Burma Government Medical School reports 1923-41
Year: 1923
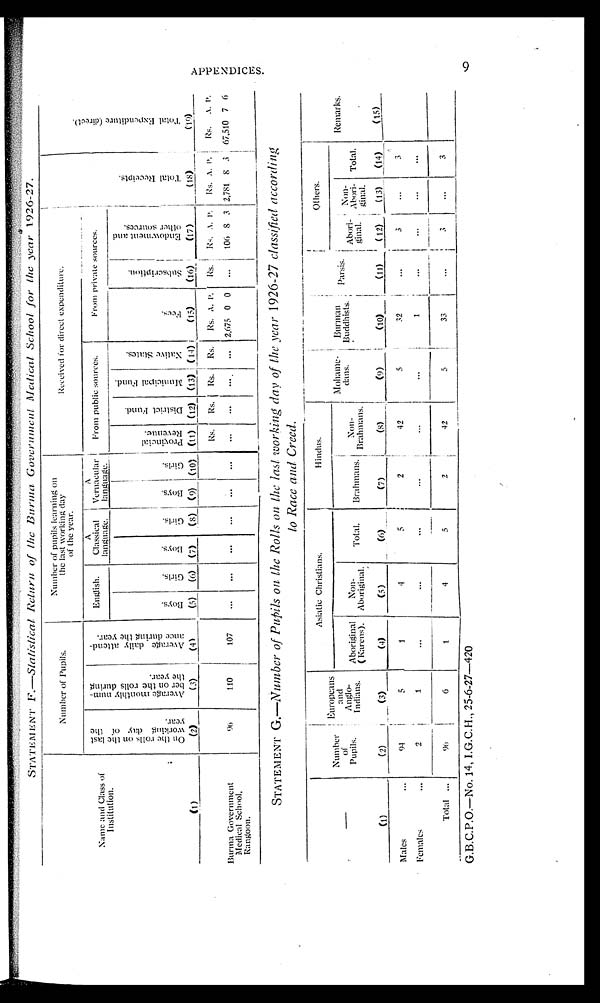
STAT E M ENT F.—Statistical Return of the Burma Government Medical School for the year 1926-27.
Name and Class of
I I n s t i t u t i o n .
Number of Pupils.
Number of pupi l s l earni ng on
the last working day
o n t h e y e a r .
Received for direct expenditure.
T o t a l R e c e i p t s .
T o t a l E x p e n d i t u r e ( d i r e c t ) .
O n t h e r o l l s o n t h e l a s t w o r k i n g d a y o n t h e y e a r .
A v e r a g e m o n t h l y n u m b e r o n t h e r o l l s d u r i n g t h e y e a r .
A v e r a g e d a i l y a t t e n d a n c e
d u r i n g t h e y e a r .
Engl i sh.
A
Classical
language.
A
Vernacular language. From public sources.
From private sources.
B o y s . G i r l s . B o y s . g i r l s . B o y s . G i r l s .
P r
P r o v i n c i a l R e v e n u e . D i s t r i c t F u n d . M u n i c i p a l F u n d .
N a t i v e S t a t e s . .
F e e s .
S u b s c r i p t i o n .
E n d o w m e n t a n d o t h e r s o u r c e s .
(1)
(2)
(3) (4) (5) (6) (7) (8) (9) (10) (11) (12) (13) (14) (15) (16) (17) 7)
( 1 8 ) ( 1 9 )
Rs. Rs. Rs. Rs. Rs. A. P. Rs. Rs. A. P. Rs. A. P. ! Rs. A. P.
Burma Government
Medical School,
Rangoon.
9 6
110 107
. . . . . . . . . . . . . . . . . . . . . . . .
...
.... 2 , 6 7 5 0 0 . . .
106 8 3 2 , 7 8 1 8 3 6 7 , 5 1 0
7 6
STATEMENT G.—Number of Pupils on the Rolls on the last working day of the year 1926-27 classified according
to Race and Creed.
—
Number of
Pupi l s.
Europeans and A n g l o -
Indians.
Asiatic Christians.
Hindus.
Mohame- dans. Burman
Buddhists.
Others.
Remarks.
Aboriginal (Karens). Non-
Aboriginal. Tot a l . Brahmans. Non-
Brahmans.
Parsis. Abor i - gi na l Non- Abor i gi na l . Total.
(1)
(2)
(3)
(4)
(5)
( 6 )
(7)
( 8 )
(9)
(10)
(11) ( 12) 12) (13) _(14)
_
Males
. . . 9 4 5
1
4
5
2 42
5
32
•••
3 ... 3
Females
...
2
1
...
...
...
...
...
•••
1
. . . . . .
• • •
. . .
Total . . . 9 6
6
1
4
5
2
42
5
33
. . . 3 • • •
3
G.B.C.P.O.—No. 14, I.G.C. H., 25-6-27—420
9